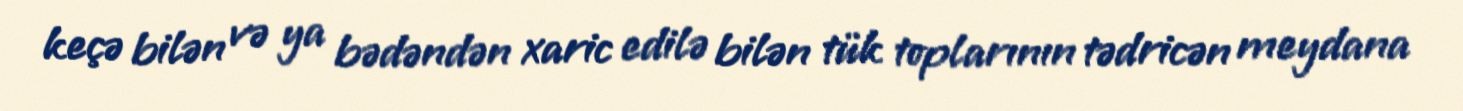
keçə bilən və ya bədəndən xaric edilə bilən tük toplarının tədricən meydana